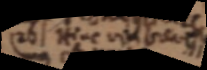
(26) Hinc _